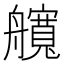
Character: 𦪻